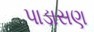
પાડાસણ